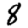
Digit: 8